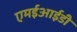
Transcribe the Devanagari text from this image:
एमईआईडी